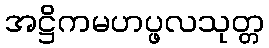
အဋ္ဌိကမဟပ္ဖလသုတ္တ